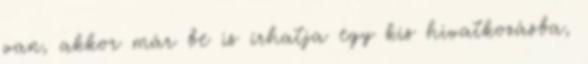
van, akkor már be is írhatja egy kis hivatkozásba,